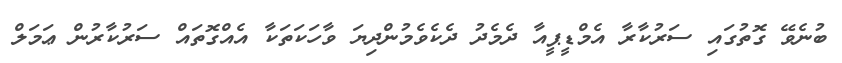
ބުނެވޭ ގޮތުގައި ސަރުކާރާ އެމްޑީޕީއާ ދެމެދު ދެކެވެމުންދިޔަ ވާހަކަތަކާ އެއްގޮތައް ސަރުކާރުން ޢަމަލް